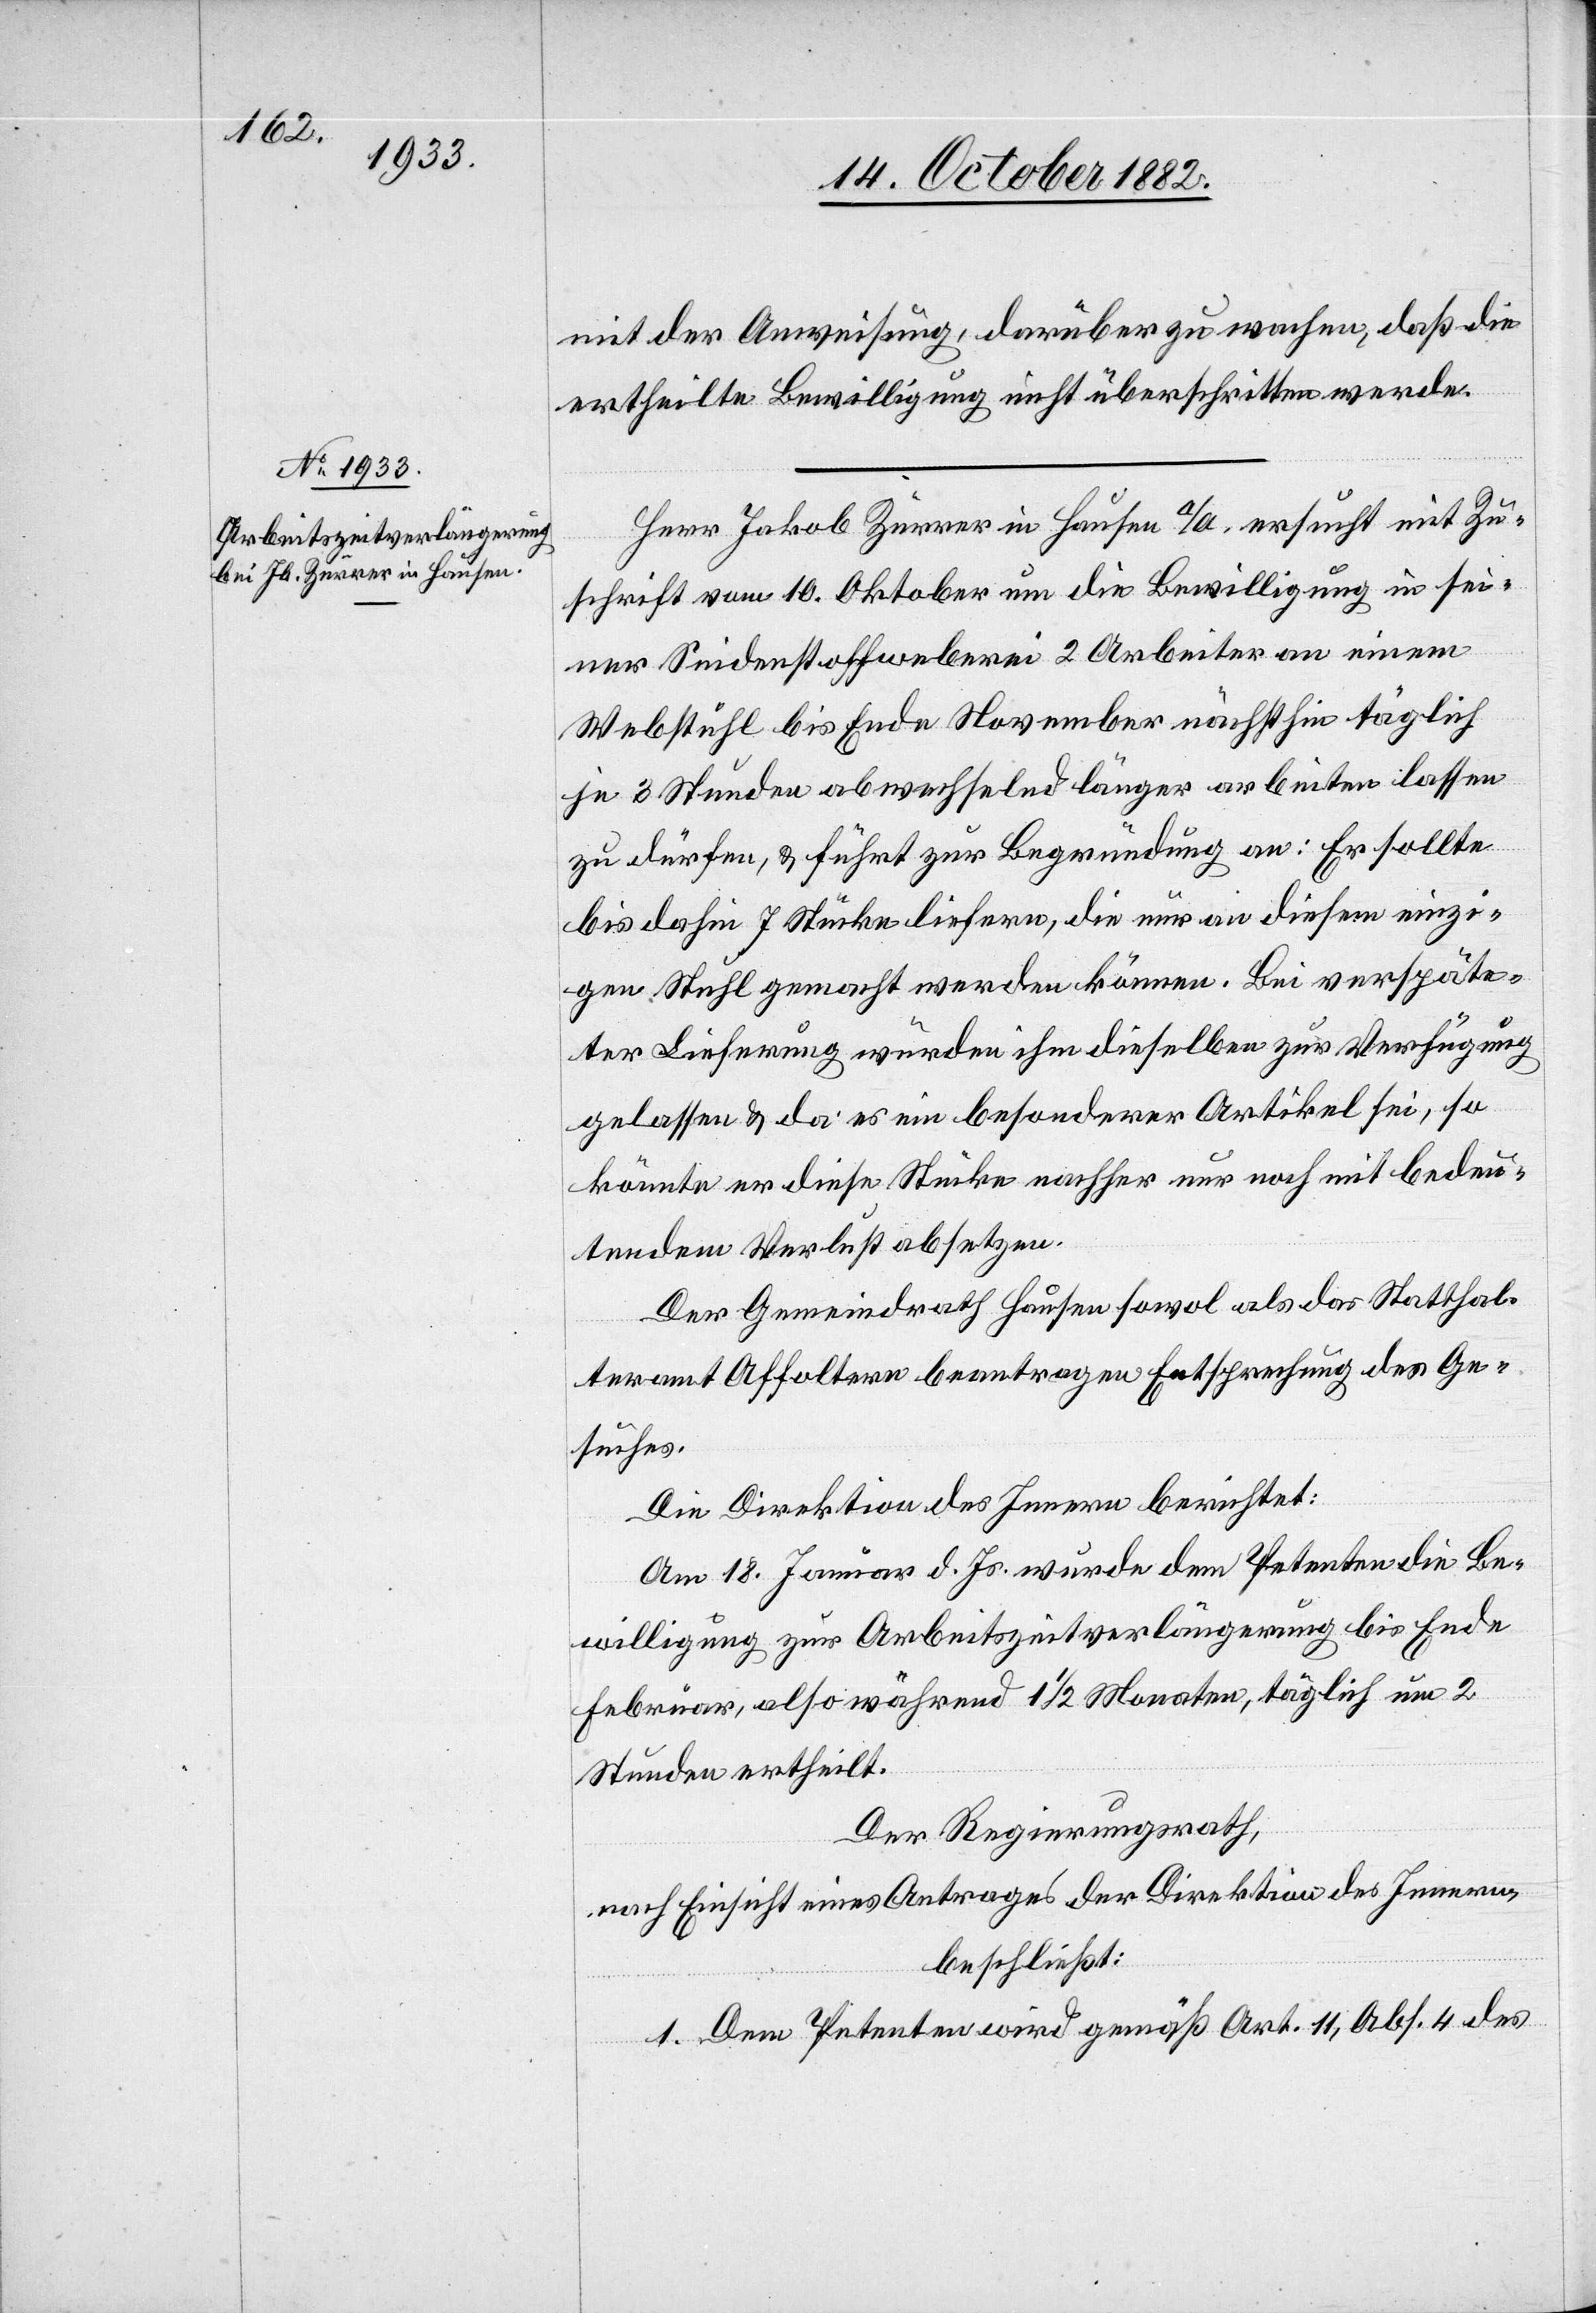
mit der Anweisung, darüber zu wachen, daß die
ertheilte Bewilligung nicht überschritten werde.
Herr Jakob Zürrer in Hausen a/A. ersucht mit Zu¬
schrift vom 10. Oktober um die Bewilligung in sei¬
ner Seidenstoffweberei 2 Arbeiter an einem
Webstuhl bis Ende November nächsthin täglich
je 3 Stunden abwechselnd länger arbeiten lassen
zu dürfen, & führt zur Begründung an: Er sollte
bis dahin 7 Stücke liefern, die nur an diesem einzi¬
gen Stuhl gemacht werden können. Bei verspäte¬
ter Lieferung würden ihm dieselben zur Verfügung
gelassen & da es ein besonderer Artikel sei, so
könnte er diese Stücke nachher nur noch mit bedeu¬
tendem Verlust absetzen.
Der Gemeindrath Hausen sowol als das Statthal¬
teramt Affoltern beantragen Entsprechung des Ge¬
suches.
Die Direktion des Innern berichtet:
Am 18. Jenner d. Js. wurde dem Petenten die Be¬
willigung zur Arbeitszeitverlängerung bis Ende
Februar, also während 1 1/2 Monaten, täglich um 2
Stunden ertheilt.
Der Regierungsrath,
nach Einsicht eines Antrages der Direktion des Innern,
beschließt:
1. Dem Petenten wird gemäß Art. 11, Abs. 4 des